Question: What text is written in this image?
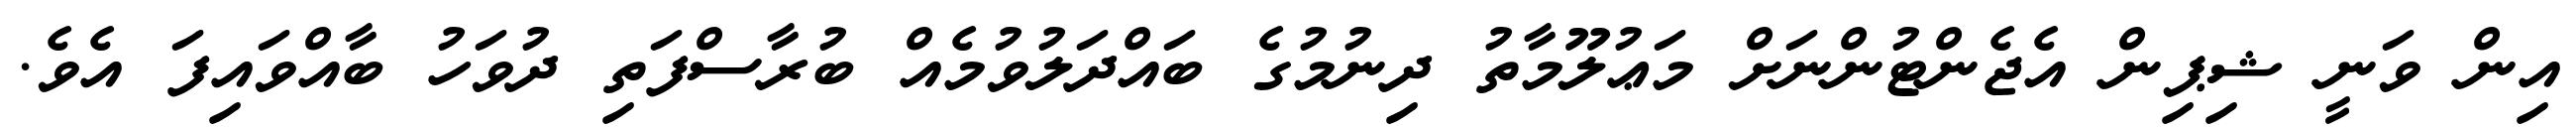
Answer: އިން ވަނީ ޝިޕިން އެޖެންޓުންނަށް މަޢުލޫމާތު ދިނުމުގެ ބައްދަލުވުމެއް ބުރާސްފަތި ދުވަހު ބާއްވައިފަ އެވެ.